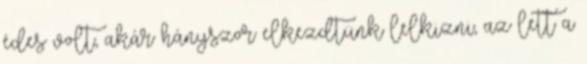
édes volt, akár hányszor elkezdtünk lelkizni, az lett a